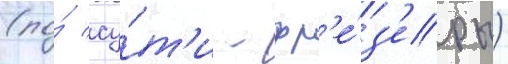
(по́ су́т'и - фр'е́з'еры)